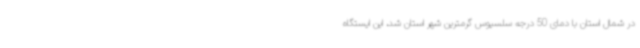
در شمال استان با دمای 50 درجه سلسیوس گرمترین شهر استان شد، این ایستگاه